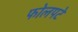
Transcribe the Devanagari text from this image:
फोलपटे